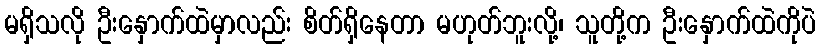
မရှိသလို ဦးနှောက်ထဲမှာလည်း စိတ်ရှိနေတာ မဟုတ်ဘူးလို့၊ သူတို့က ဦးနှောက်ထဲကိုပဲ